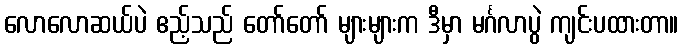
လောလောဆယ်ပဲ ဧည့်သည် တော်တော် များများက ဒီမှာ မင်္ဂလာပွဲ ကျင်းပထားတာ။